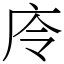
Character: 㡵